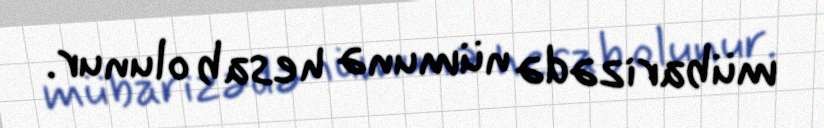
mübarizədə nümunə hesab olunur.